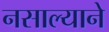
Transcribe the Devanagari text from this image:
नसाल्याने